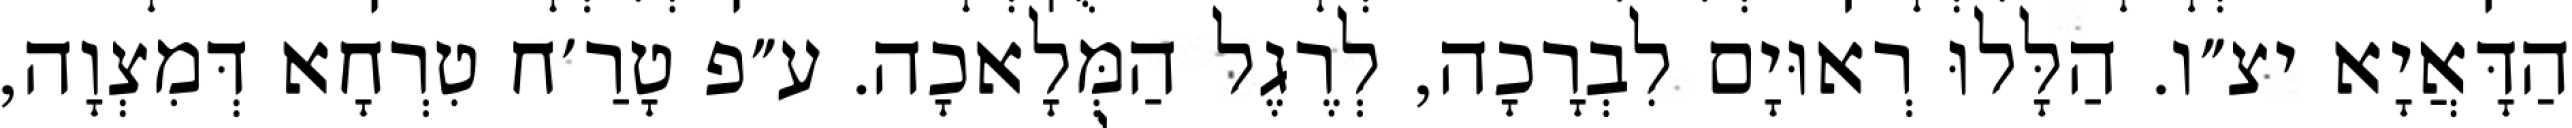
הַדָּאֲיָא יצ״ו. הַלָּלוּ רְאוּיָם לִבְרָכָה, לְרֶגֶל הַמְּלָאכָה. ע״פ טָרַ׳ח טִרְחָא דְּמִצְוָה,